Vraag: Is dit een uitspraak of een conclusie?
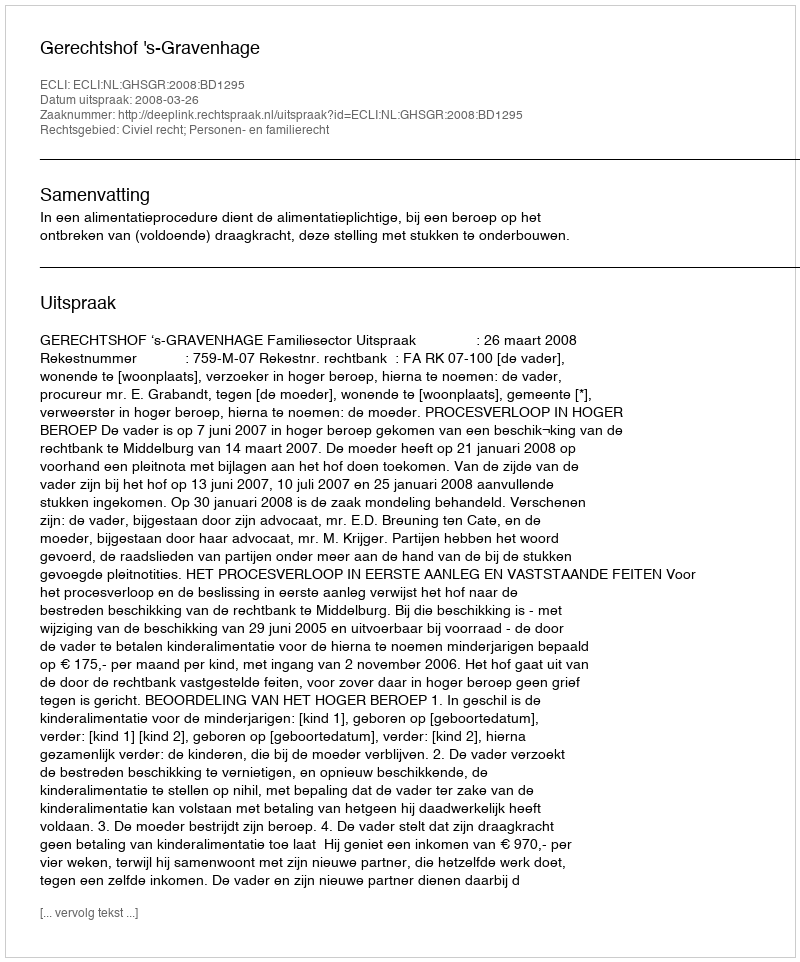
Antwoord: Uitspraak